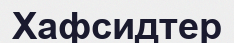
Хафсидтер